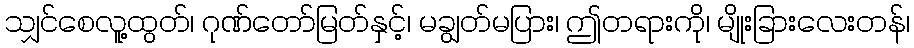
သျှင်စေလူ့ထွတ်၊ ဂုဏ်တော်မြတ်နှင့်၊ မချွတ်မပြား၊ ဤတရားကို၊ မျိုးခြားလေးတန်၊